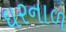
ઘરનાળ